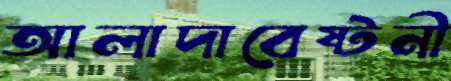
আলাদাবেষ্টনী